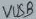
Text: VUSB